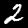
Label: 2